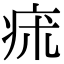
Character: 㾁